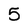
Character: 5